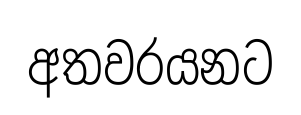
අතවරයනට